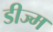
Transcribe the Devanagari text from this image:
डीज्म